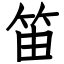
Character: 笛